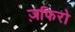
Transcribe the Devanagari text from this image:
ज़फिरो